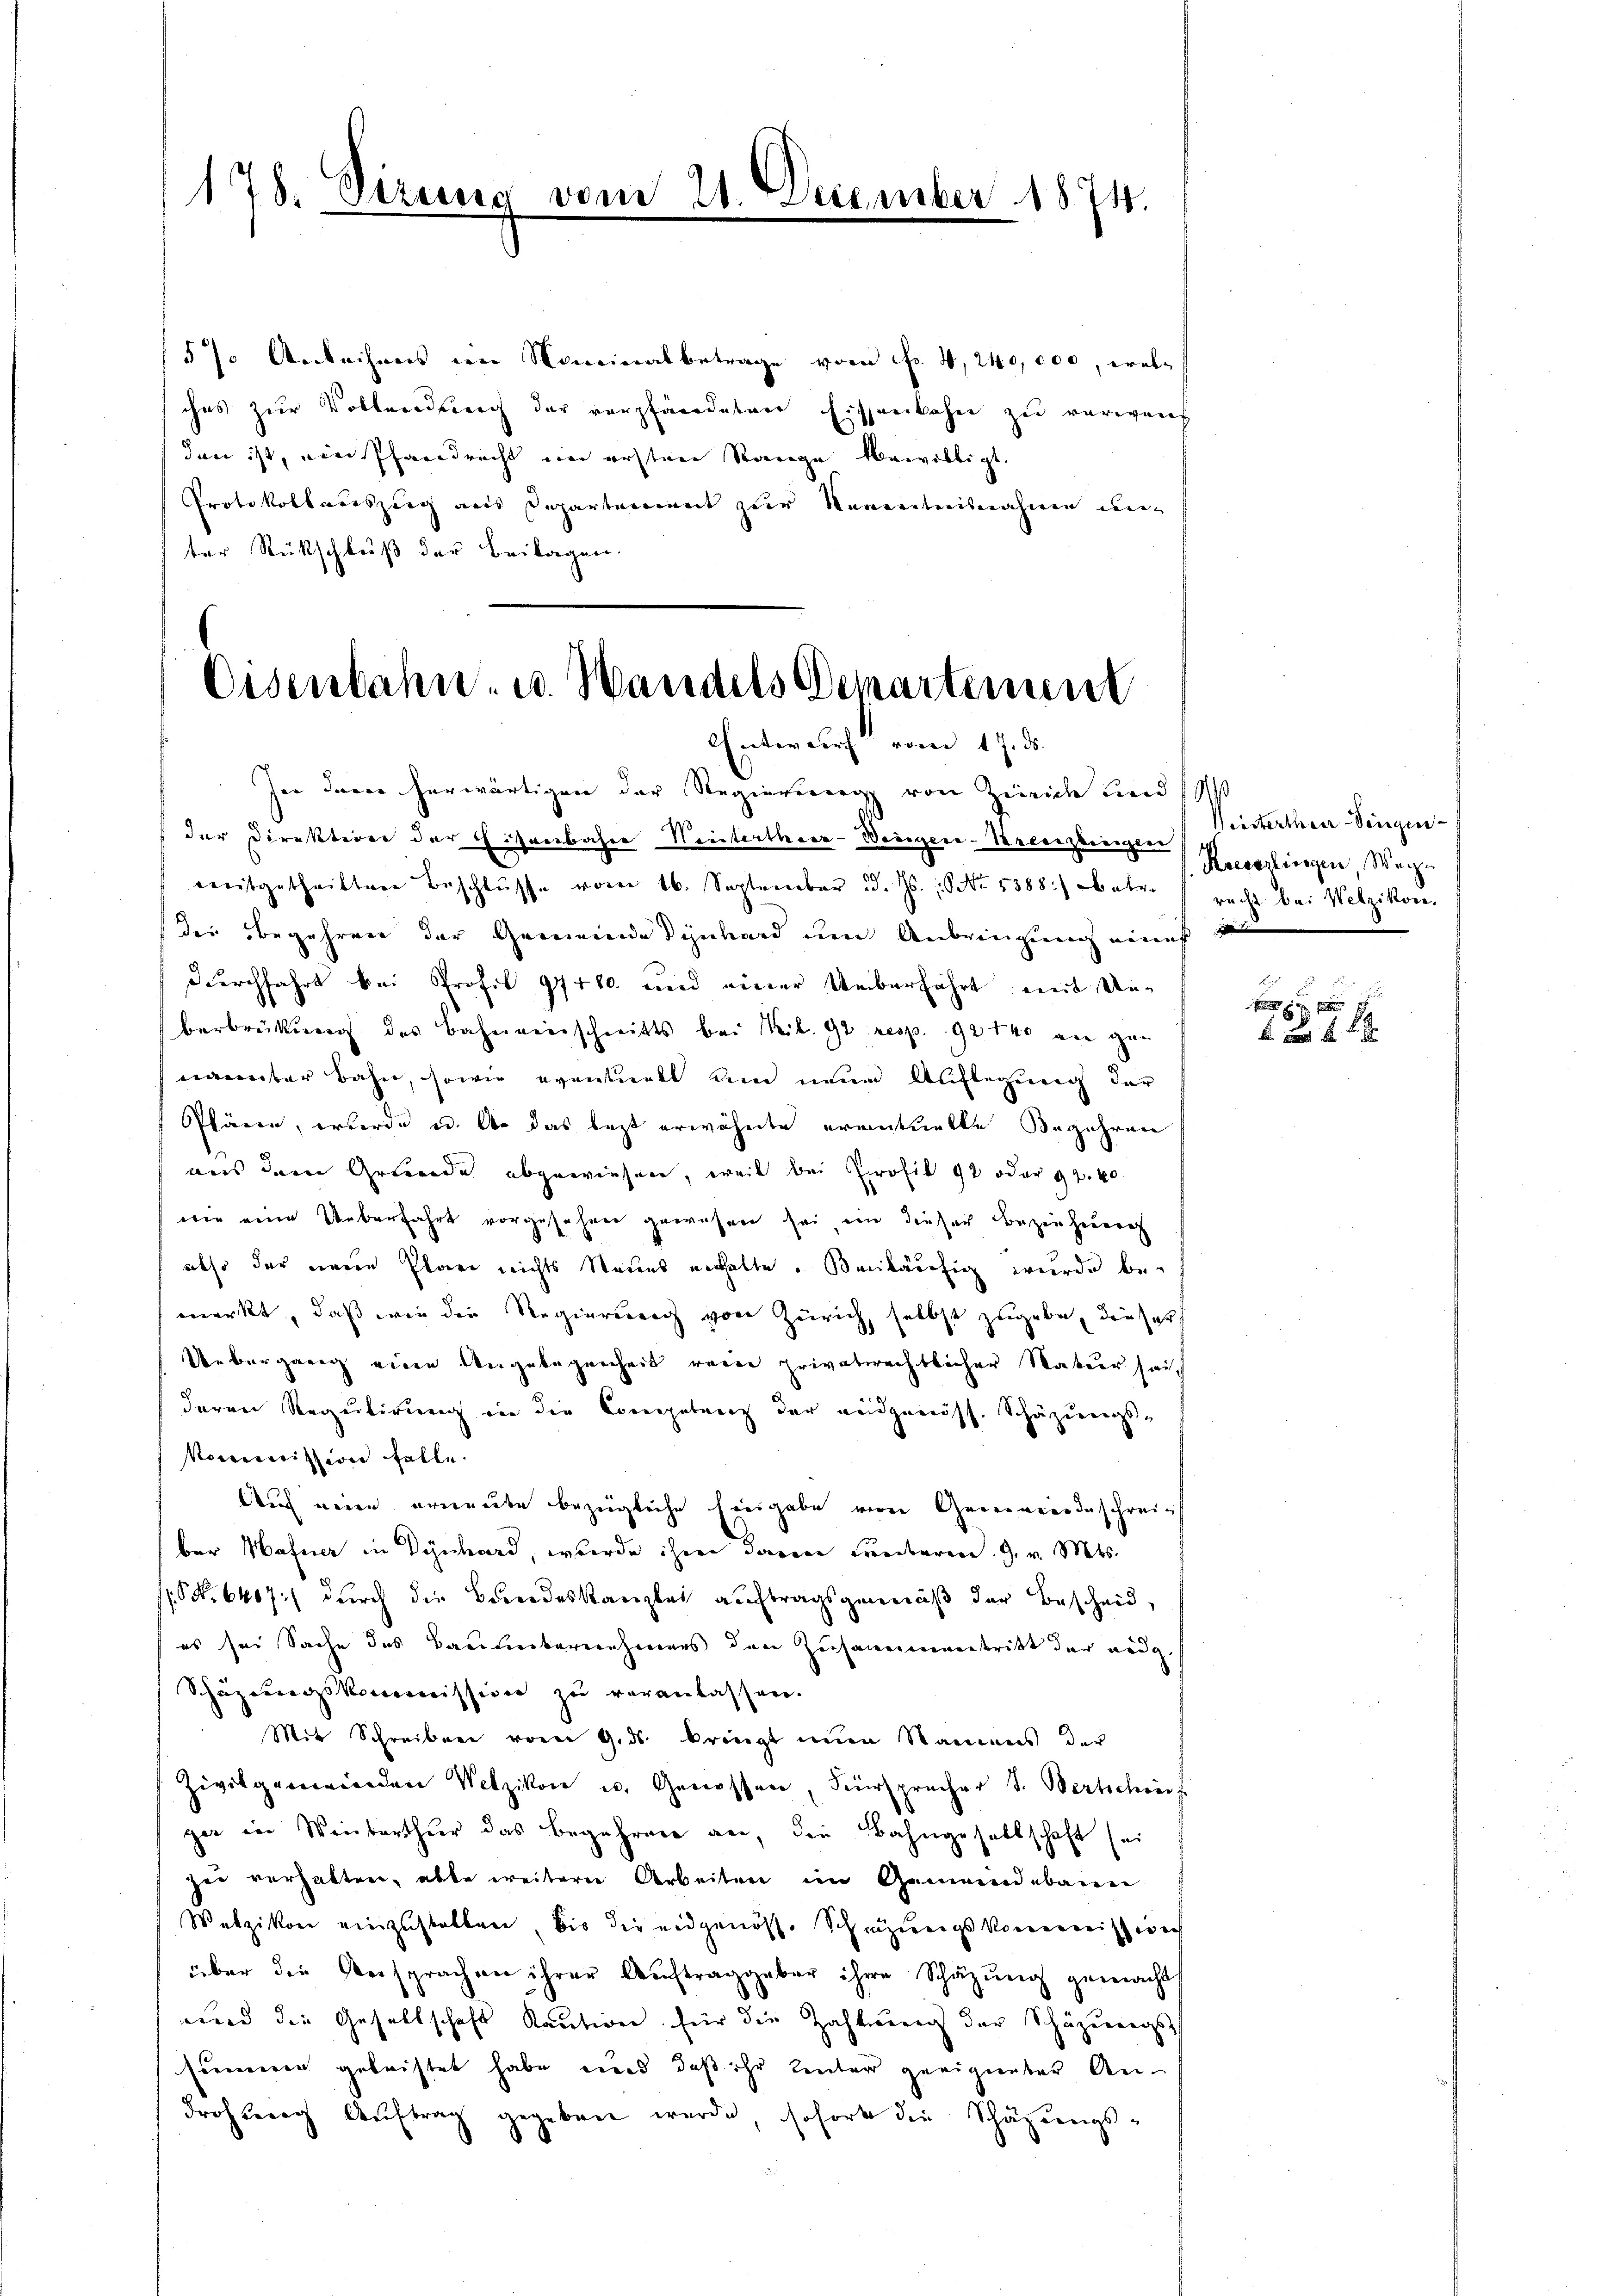
178. dirung

ven

§ % Anleihens im Nominalbetrage vom fr. 4, 240,000, welches zur Vollendung der verpfändeten Eisenbahn zu verwand
dann ist, ein Pfandrecht im ersten Range bewilligt.
Protokollauszug aus Departement zur Kenntnisnahme unter Rückschluß der Beilagen.

1874

Eisenbahn- u. Handels Demartement
Entwurf vom 17. ds.
Ien dann herwärtigen der Regierung von Zürich und sch

der Direktion der chisenbahre Weiterthaer-Weniger-Urcanzleigen
mitgetheilten Beschlüsse vom 16. September d. Js.: NNo. 5388) betr. recht bei Welzikon
dee begehren der Gemeinde Dynhard um Anbringung eines
Durchfahrt bei Profil 97480. und einer Ueberfahrt mit Unberbrükŭng des Bahnverschnitts bei Kil. 92 resp. 92140 an gen
nannter Bahn, sowie eventuell um neun Auflegung der
Plären, werde u. An das lezt erwähnte eventuelle Begehren
aus dem Grunde abgewiesen, weil bei Profil 92 oder 92. 40
wie eine Ueberfahrt vorgesehnen gewesen sei, ein dieser Beziehen
also der neue Plan nichts Neues enthalte. Beiläufig wurde bemerkt, daß wie die Regierung von Zürich, selbst zugebe, dieser
Uebergang eine Angelegenheit reine privatrechtlicher Natur seich
deren Requitirung in der Competenz der eidgenöss. Schäzungs-
Kommission falle.
Auch neien erneute bezügliche Eingabe von Gemeindeschreins
ber Hafner in Dynhard, wurde ihme davon Fenbaren. G. v. Mts.
(S. 6407) durch die Bundeskanzlei auftragsgemäß der Bescheid,
(es sei Sache das Baulinbarienhierens den Zusammentritt der and
Schazungskommission zu veranlassen.
Mit Schreiben vom 9. ds. bringt nun Namens der
Zivilgerwieden Wetzikon u. Genossen, Fürsprücher S. Bertschrif
ger in Winterthur das Begehren an, die Bahngesellschaft sei
zei verhalten, alle weiterer Arbeiten im Gemeindebann
Wetzikon einzustellen, bis die eidgenöss. Schazungskommission
über die Versprachen ihrer Aŭftraggeber ihre Schätzung gemacht
uard die Gesellschaft Kaution für die Zahlung der Schäzerungs
sammen geleistet habe wird, daß ihr Leuter geeigneter An¬
Froh wenig Auftrag gegeben wurde, soforte die Schazungs-

Versterthaer Dingen
Kreserlingen Wege

x